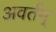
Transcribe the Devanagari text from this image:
अवर्तम्